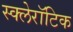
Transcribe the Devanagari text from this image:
स्क्लेरॉटिक